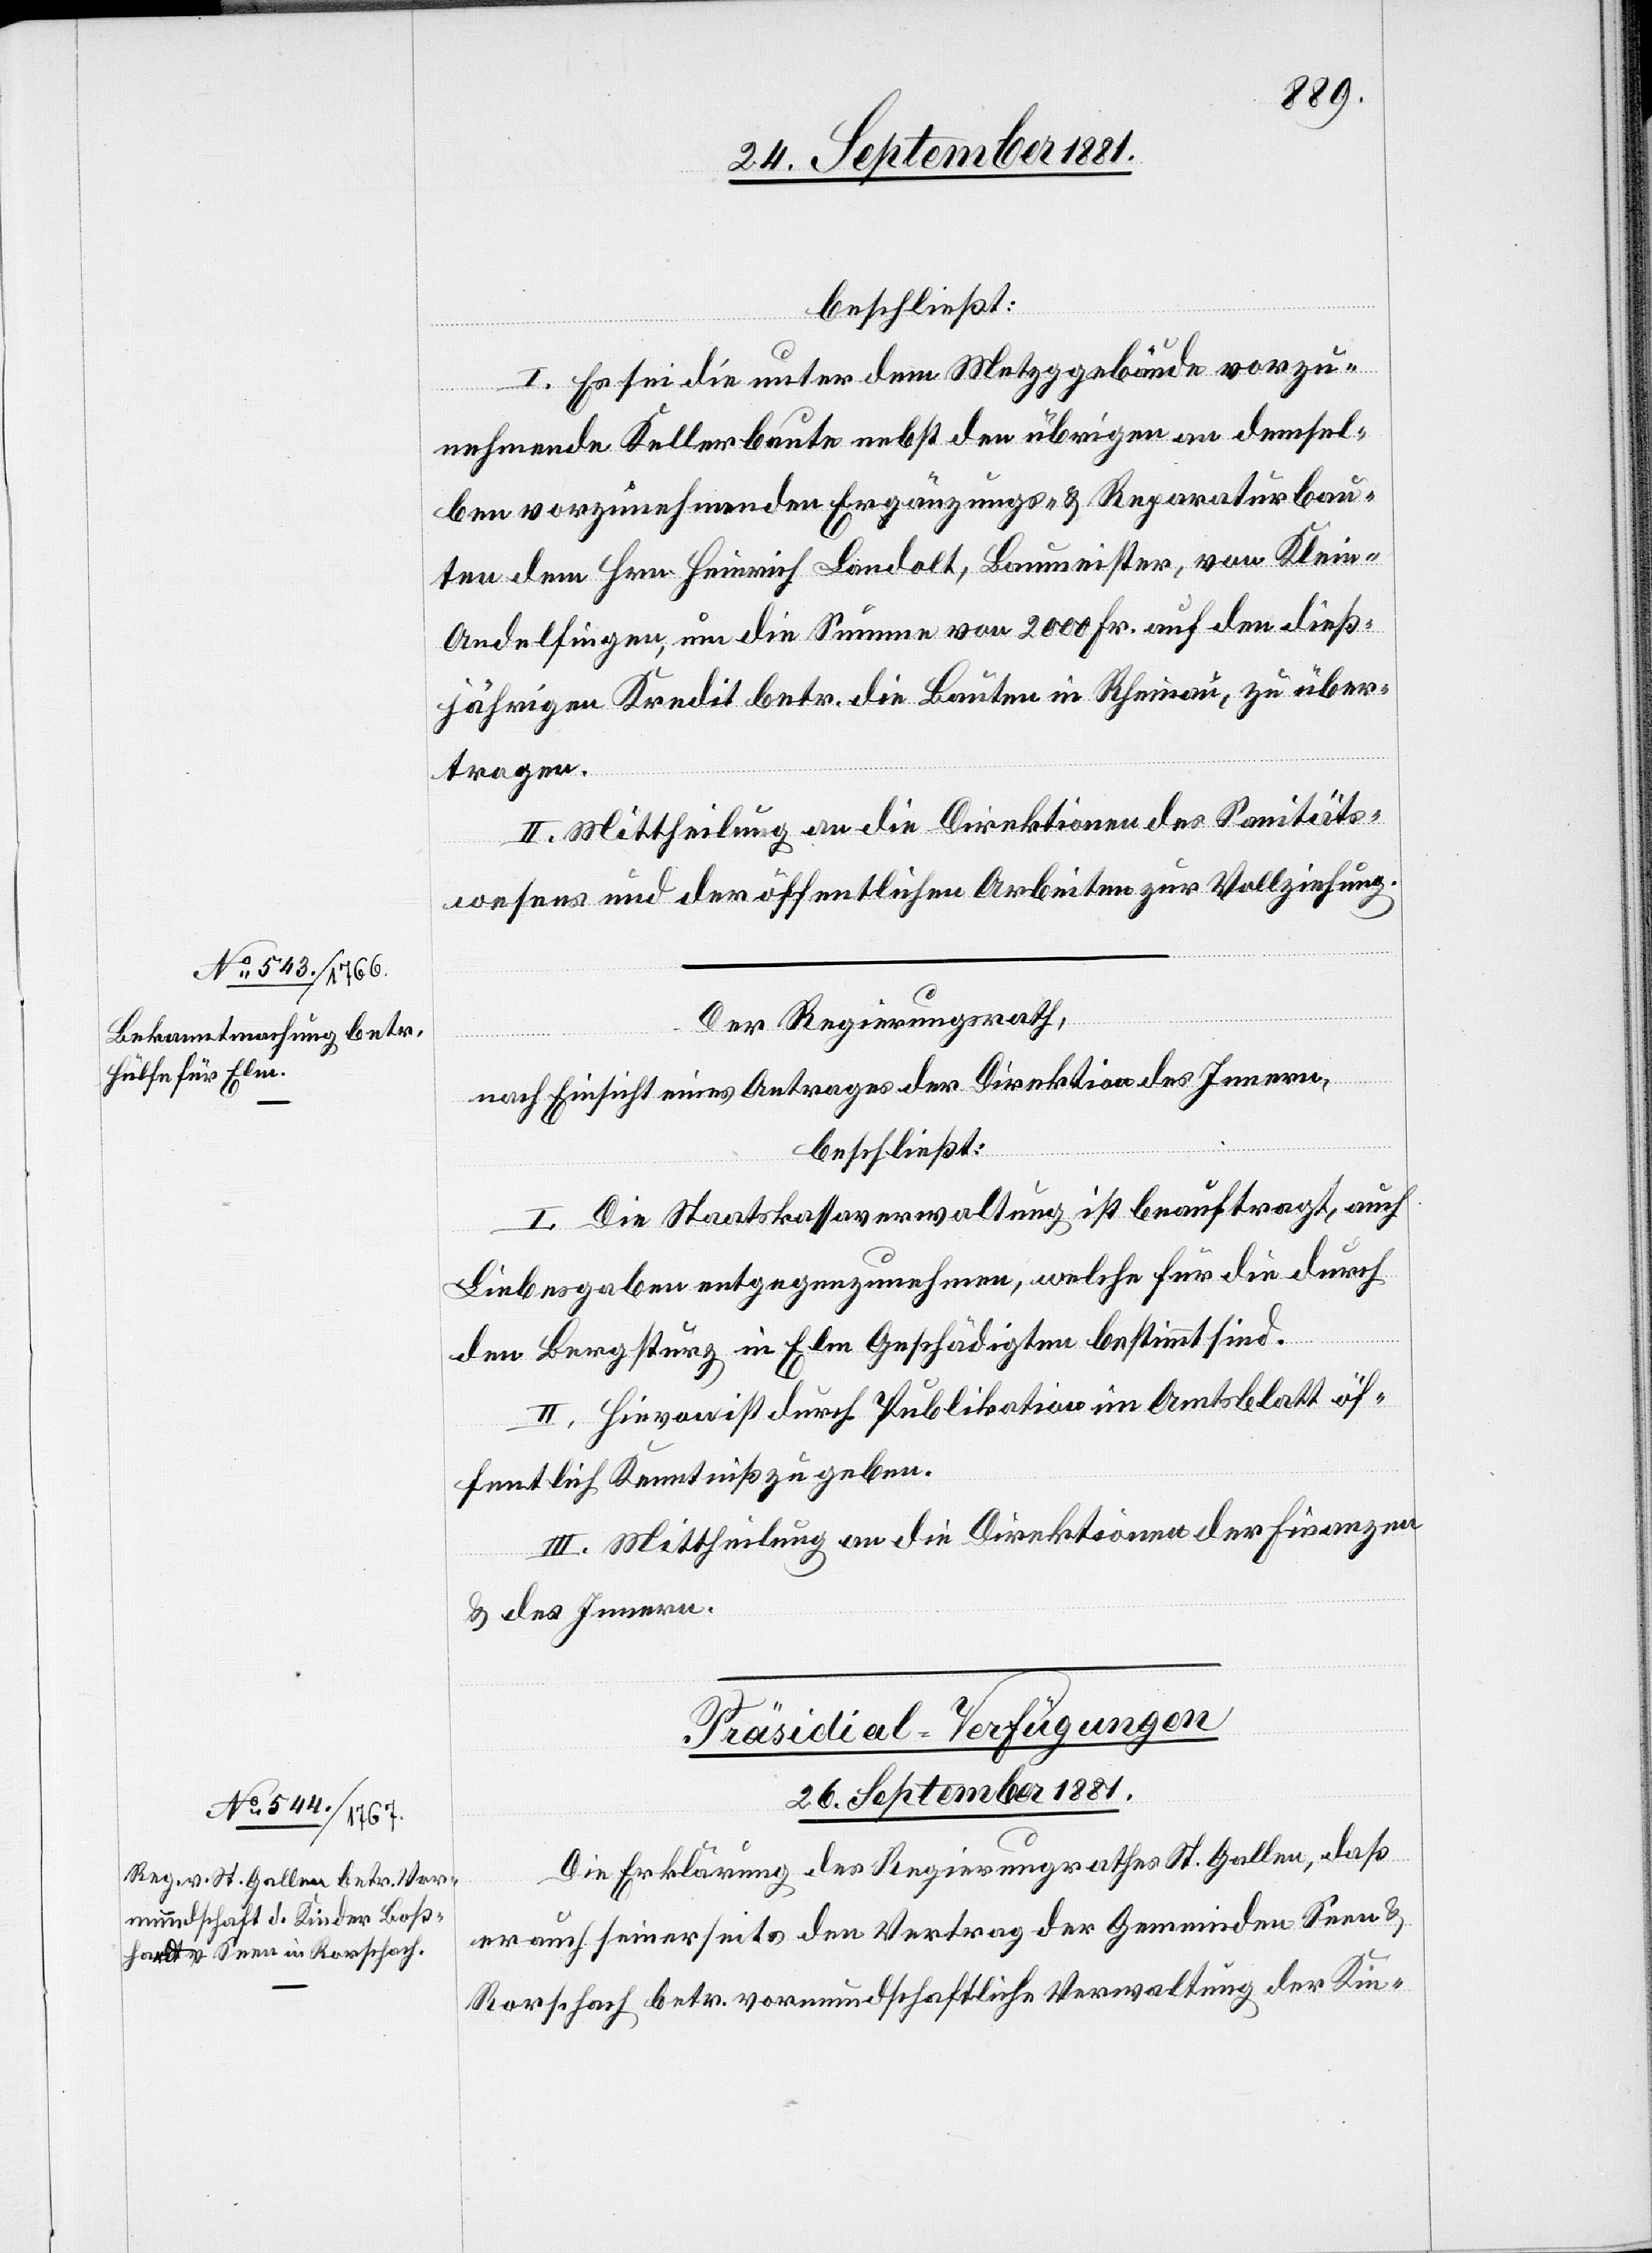
beschließt:
I. Es sei die unter dem Metzggebäude vorzu¬
nehmende Kellerbaute nebst den übrigen an demsel¬
ben vorzunehmenden Ergänzungs- & Reparaturbau¬
ten dem Hrn. Heinrich Landolt, Baumeister, von Klein-A¬
ndelfingen, um die Summe von 2000 Fr. auf den dieß¬
jährigen Kredit betr. die Baute in Rheinau, zu über¬
tragen.
II. Mittheilung an die Direktionen des Sanitäts¬
wesens und der öffentlichen Arbeiten zur Vollziehung.
Der Regierungsrath,
nach Einsicht eines Antrages der Direktion des Innern,
beschließt:
I. Die Staatskassaverwaltung ist beauftragt, auch
Liebesgaben entgegenzunehmen, welche für die durch
den Bergsturz in Elm Geschädigten bestimmt sind.
II. Hievon ist durch Publikation im Amtsblatt öf¬
fentlich Kenntniß zu geben.
III. Mittheilung an die Direktionen der Finanzen
& des Innern.
Präsidial-Verfügungen
26. September 1881.
Die Erklärung des Regierungsrathes St. Gallen, daß
er auch seinerseits den Vertrag der Gemeinden Seen &
Rorschach betr. vormundschaftliche Verwaltung der Kin-